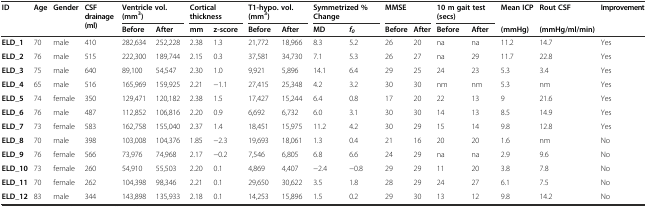
<table><thead><tr><td rowspan="2"><b>ID</b></td><td rowspan="2"><b>Age</b></td><td rowspan="2"><b>Gender</b></td><td rowspan="2"><b>CSF drainage (ml)</b></td><td colspan="2"><b>Ventricle vol. (mm<sup>3</sup>)</b></td><td colspan="2"><b>Cortical thickness</b></td><td colspan="2"><b>T1-hypo. vol. (mm<sup>3</sup>)</b></td><td colspan="2"><b>Symmetrized % Change</b></td><td colspan="2"><b>MMSE</b></td><td colspan="2"><b>10 m gait test (secs)</b></td><td><b>Mean ICP</b></td><td><b>Rout CSF</b></td><td rowspan="2"><b>Improvement</b></td></tr><tr><td><b>Before</b></td><td><b>After</b></td><td><b>mm</b></td><td><b>z-score</b></td><td><b>Before</b></td><td><b>After</b></td><td><b>MD</b></td><td><b><i>f</i><sub><i>0</i></sub></b></td><td><b>Before</b></td><td><b>After</b></td><td><b>Before</b></td><td><b>After</b></td><td><b>(mmHg)</b></td><td><b>(mmHg/ml/min)</b></td></tr></thead><tbody><tr><td><b>ELD_1</b></td><td>70</td><td>male</td><td>410</td><td>282,634</td><td>252,228</td><td>2.38</td><td>1.3</td><td>21,772</td><td>18,966</td><td>8.3</td><td>5.2</td><td>26</td><td>20</td><td>na</td><td>na</td><td>11.2</td><td>14.7</td><td>Yes</td></tr><tr><td><b>ELD_2</b></td><td>76</td><td>male</td><td>515</td><td>222,300</td><td>189,744</td><td>2.15</td><td>0.3</td><td>37,581</td><td>34,730</td><td>7.1</td><td>5.3</td><td>26</td><td>27</td><td>na</td><td>29</td><td>11.7</td><td>22.8</td><td>Yes</td></tr><tr><td><b>ELD_3</b></td><td>75</td><td>male</td><td>640</td><td>89,100</td><td>54,547</td><td>2.30</td><td>1.0</td><td>9,921</td><td>5,896</td><td>14.1</td><td>6.4</td><td>29</td><td>25</td><td>24</td><td>23</td><td>5.3</td><td>3.4</td><td>Yes</td></tr><tr><td><b>ELD_4</b></td><td>65</td><td>male</td><td>516</td><td>165,969</td><td>159,925</td><td>2.21</td><td>−1.1</td><td>27,415</td><td>25,348</td><td>4.2</td><td>3.2</td><td>30</td><td>30</td><td>nm</td><td>nm</td><td>5.3</td><td>nm</td><td>Yes</td></tr><tr><td><b>ELD_5</b></td><td>74</td><td>female</td><td>350</td><td>129,471</td><td>120,182</td><td>2.38</td><td>1.5</td><td>17,427</td><td>15,244</td><td>6.4</td><td>0.8</td><td>17</td><td>20</td><td>22</td><td>13</td><td>9</td><td>21.6</td><td>Yes</td></tr><tr><td><b>ELD_6</b></td><td>76</td><td>male</td><td>487</td><td>112,852</td><td>106,816</td><td>2.20</td><td>0.9</td><td>6,692</td><td>6,732</td><td>6.0</td><td>3.1</td><td>30</td><td>30</td><td>14</td><td>13</td><td>8.5</td><td>14.9</td><td>Yes</td></tr><tr><td><b>ELD_7</b></td><td>73</td><td>female</td><td>583</td><td>162,758</td><td>155,040</td><td>2.37</td><td>1.4</td><td>18,451</td><td>15,975</td><td>11.2</td><td>4.2</td><td>30</td><td>29</td><td>15</td><td>14</td><td>9.8</td><td>12.8</td><td>Yes</td></tr><tr><td><b>ELD_8</b></td><td>70</td><td>male</td><td>398</td><td>103,008</td><td>104,376</td><td>1.85</td><td>−2.3</td><td>19,693</td><td>18,061</td><td>1.3</td><td>0.4</td><td>21</td><td>16</td><td>20</td><td>20</td><td>1.6</td><td>nm</td><td>No</td></tr><tr><td><b>ELD_9</b></td><td>76</td><td>female</td><td>566</td><td>73,976</td><td>74,968</td><td>2.17</td><td>−0.2</td><td>7,546</td><td>6,805</td><td>6.8</td><td>6.6</td><td>24</td><td>29</td><td>na</td><td>na</td><td>2.9</td><td>9.6</td><td>No</td></tr><tr><td><b>ELD_10</b></td><td>73</td><td>female</td><td>260</td><td>54,910</td><td>55,503</td><td>2.20</td><td>0.1</td><td>4,869</td><td>4,407</td><td>−2.4</td><td>−0.8</td><td>29</td><td>29</td><td>11</td><td>20</td><td>3.8</td><td>7.8</td><td>No</td></tr><tr><td><b>ELD_11</b></td><td>70</td><td>female</td><td>262</td><td>104,398</td><td>98,346</td><td>2.21</td><td>0.1</td><td>29,650</td><td>30,622</td><td>3.5</td><td>1.8</td><td>28</td><td>29</td><td>24</td><td>27</td><td>6.1</td><td>7.5</td><td>No</td></tr><tr><td><b>ELD_12</b></td><td>83</td><td>male</td><td>344</td><td>143,898</td><td>135,933</td><td>2.18</td><td>0.1</td><td>14,253</td><td>15,896</td><td>1.5</td><td>0.2</td><td>29</td><td>30</td><td>13</td><td>12</td><td>9.8</td><td>14.2</td><td>No</td></tr></tbody></table>